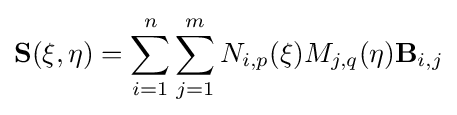
{\textbf {S}}(\xi ,\eta )=\sum _{i=1}^{n}\sum _{j=1}^{m}N_{i,p}(\xi )M_{j,q}(\eta ){\textbf {B}}_{i,j}